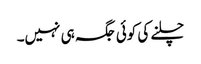
چلنے کی کوئی جگہ ہی نہیں۔